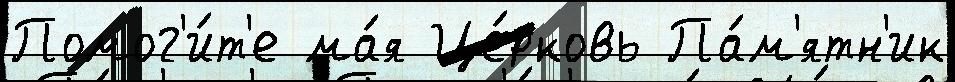
Помог'и́т'е ма́я Це́рковь Па́м'ятн'ик